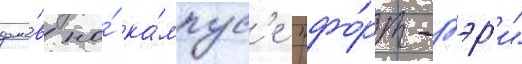
домо́в на́ ка́мпус'е "фо́рт-гэр'и"